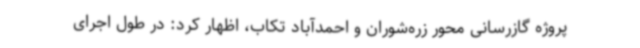
پروژه گازرسانی محور زره‌شوران و احمدآباد تکاب، اظهار کرد: در طول اجرای